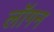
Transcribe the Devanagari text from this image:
लॉगन